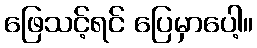
ဖြေသင့်ရင် ပြေမှာပေါ့။